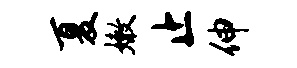
夏嫩止伸